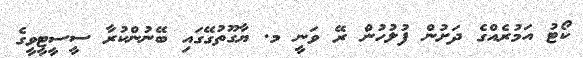
ކޯޓު އަމުރެއްގެ ދަށުން ފުލުހުން ރޭ ވަނީ މ. ޔާގޫތުގޭގައި ބޭނުންކުރާ ސީސީޓީވީގެ